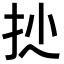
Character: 𢪍